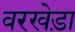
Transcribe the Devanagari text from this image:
वरखेड़ा